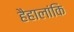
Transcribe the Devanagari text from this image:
हैहालांकि